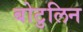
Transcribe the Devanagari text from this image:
बोटुलिन